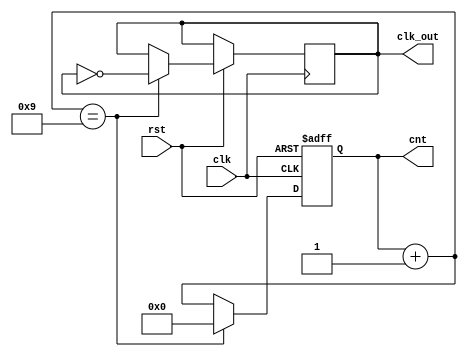
module counter(
  clk, rst, cnt, clk_out
);
  input clk, rst;
  output [3:0] cnt;
  output clk_out;

  reg [3:0] cnt;
  reg clk_out;

  initial begin
    clk_out = 0;
  end

  always @(posedge clk or negedge rst)
  begin
    if (!rst) cnt <= 0;
    else
    begin
      cnt = cnt + 1;
      if (cnt == 9)
      begin
        cnt = 0;
        clk_out = ~clk_out;
      end
    end
  end
endmodule